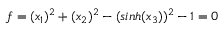
f = ( x _ { 1 } ) ^ { 2 } + ( x _ { 2 } ) ^ { 2 } - ( s i n h ( x _ { 3 } ) ) ^ { 2 } - 1 = 0